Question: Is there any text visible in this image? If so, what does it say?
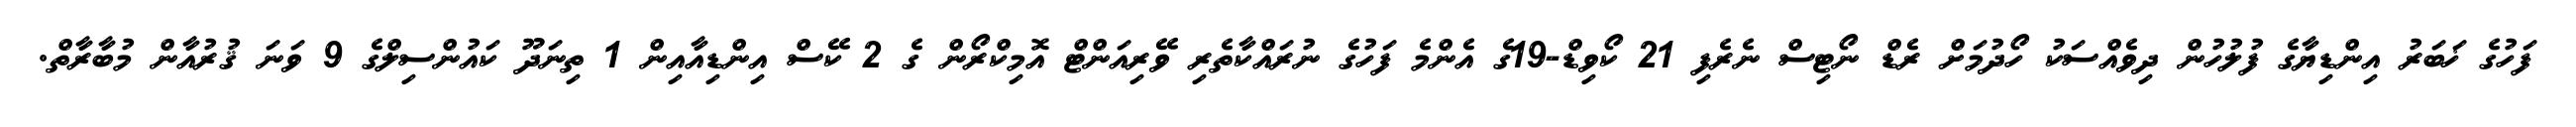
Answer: ފަހުގެ ޚަބަރު އިންޑިޔާގެ ފުލުހުން ދިވެއްސަކު ހޯދުމަށް ރެޑް ނޯޓިސް ނެރެފި 21 ކޯވިޑް-19ގެ އެންމެ ފަހުގެ ނުރައްކާތެރި ވޭރިއަންޓް އޮމިކްރޯން ގެ 2 ކޭސް އިންޑިއާއިން 1 ތިނަދޫ ކައުންސިލްގެ 9 ވަނަ ޤުރުއާން މުބާރާތް.